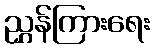
ညွှန်ကြားရေး